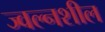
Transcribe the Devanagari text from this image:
ज्वल्नशील